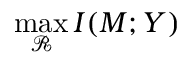
\operatorname* { m a x } _ { \mathcal { R } } I ( M ; Y )